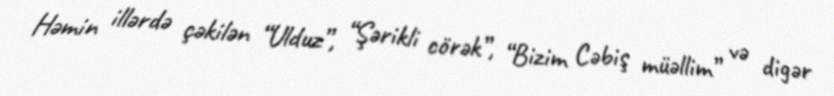
Həmin illərdə çəkilən “Ulduz”, “Şərikli cörək”, “Bizim Cəbiş müəllim” və digər